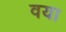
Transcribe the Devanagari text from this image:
वया